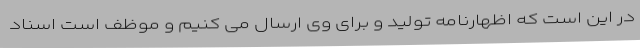
در این است که اظهارنامه تولید و برای وی ارسال می کنیم و موظف است اسناد